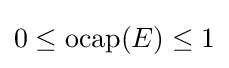
0\leq \operatorname {ocap} (E)\leq 1